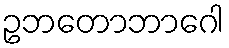
ဥဘတောဘာဂေါ